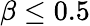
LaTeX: \beta\leq 0.5